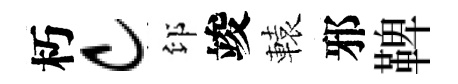
朽c印竣轅邪鞞